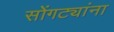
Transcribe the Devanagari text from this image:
सोंगट्यांना